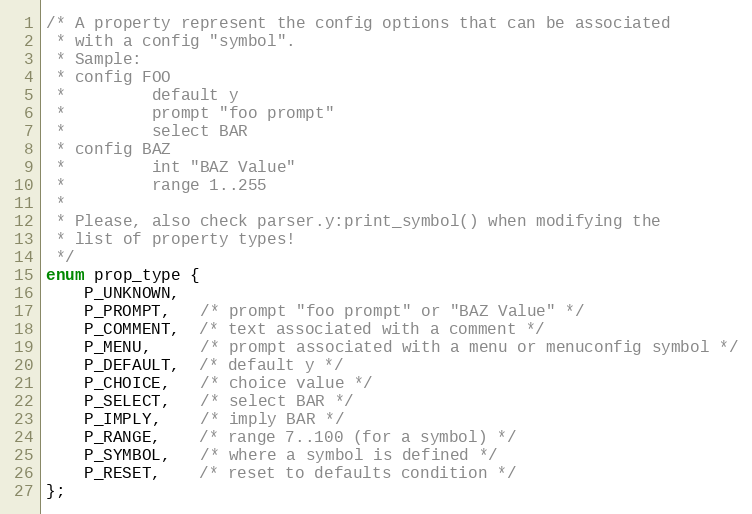
Language: C
/* A property represent the config options that can be associated
 * with a config "symbol".
 * Sample:
 * config FOO
 *         default y
 *         prompt "foo prompt"
 *         select BAR
 * config BAZ
 *         int "BAZ Value"
 *         range 1..255
 *
 * Please, also check parser.y:print_symbol() when modifying the
 * list of property types!
 */
enum prop_type {
	P_UNKNOWN,
	P_PROMPT,   /* prompt "foo prompt" or "BAZ Value" */
	P_COMMENT,  /* text associated with a comment */
	P_MENU,     /* prompt associated with a menu or menuconfig symbol */
	P_DEFAULT,  /* default y */
	P_CHOICE,   /* choice value */
	P_SELECT,   /* select BAR */
	P_IMPLY,    /* imply BAR */
	P_RANGE,    /* range 7..100 (for a symbol) */
	P_SYMBOL,   /* where a symbol is defined */
	P_RESET,	/* reset to defaults condition */
};